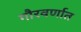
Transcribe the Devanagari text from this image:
गौरवर्णात